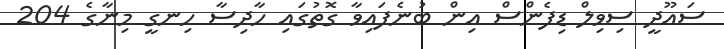
ސައޫދީ ސިވިލް ޑިފެންސް އިން ބުނެފައިވާ ގޮތުގައި ހާދިސާ ހިނގީ މިނާގެ 204